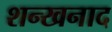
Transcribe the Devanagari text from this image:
शन्खनाद